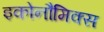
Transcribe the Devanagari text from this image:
इकोनौमिक्स